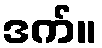
ဒက်။